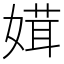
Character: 媶